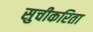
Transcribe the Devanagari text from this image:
सुचीकरिता